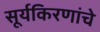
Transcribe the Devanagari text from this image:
सूर्यकिरणांचे